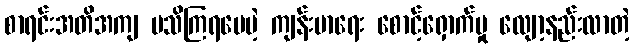
စာရင်းအတိအကျ မသိကြရပေမဲ့ ကျန်းမာရေး စောင့်ရှောက်မှု လျော့နည်းလာတဲ့